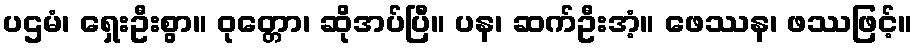
ပဌမံ၊ ရှေးဦးစွာ။ ဝုတ္တော၊ ဆိုအပ်ပြီ။ ပန၊ ဆက်ဦးအံ့။ ဖေဿန၊ ဖဿဖြင့်။